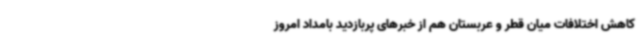
کاهش اختلافات میان قطر و عربستان هم از خبرهای پربازدید بامداد امروز